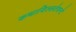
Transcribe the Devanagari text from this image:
कथायिल्‍लतेवन्‍टे